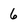
Character: 6